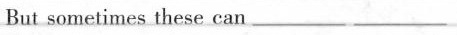
But sometimes these can ___ ___